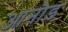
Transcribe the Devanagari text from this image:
आनौड़